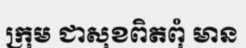
ក្រុម ជាសុខពិតពុំ មាន